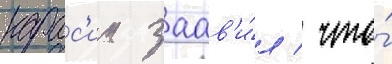
карас'ин заав'и́л / что́